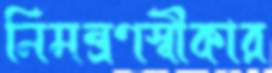
নিমন্ত্রণস্বীকার